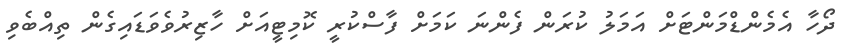
ދޯހާ އެމެންޑްމަންޓަށް އަމަލު ކުރަން ފެންނަ ކަމަށް ފާސްކުރީ ކޮމިޓީއަށް ހާޒިރުވެވަޑައިގެން ތިއްބެވި